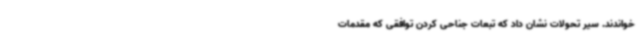
خواندند. سیر تحولات نشان داد که تبعات جناحی کردن توافقی که مقدمات